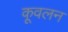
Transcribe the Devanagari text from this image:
कूवलन